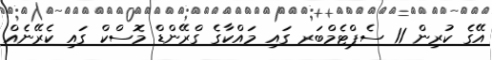
އޭގެ ކުރިން 11 ސެޕްޓެމްބަރ ގައި މައްކާގެ ގްރޭންޑް މޮސްކް ގައި ކެރޭނެއް